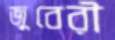
জুবেরী